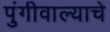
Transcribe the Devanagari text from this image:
पुंगीवाल्याचे